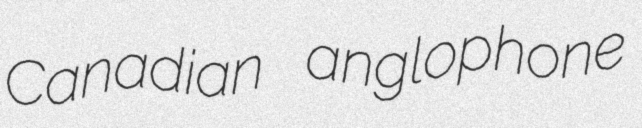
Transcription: Canadian anglophone